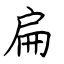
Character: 扁